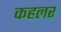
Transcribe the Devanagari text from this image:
कहलर